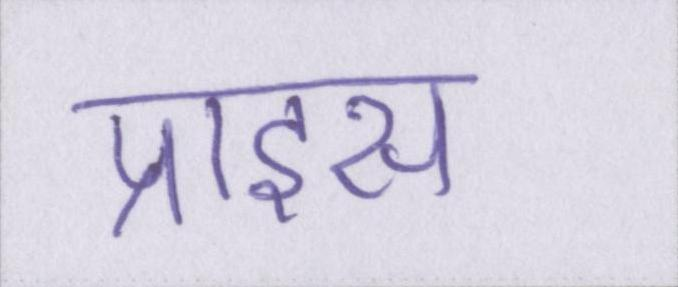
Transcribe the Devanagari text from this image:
प्राइस